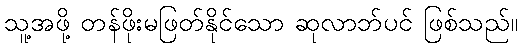
သူ့အဖို့ တန်ဖိုးမဖြတ်နိုင်သော ဆုလာဘ်ပင် ဖြစ်သည်။